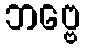
ဘဗ္ဗေ